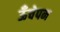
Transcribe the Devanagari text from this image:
ऊँचेपन